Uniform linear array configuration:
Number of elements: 32
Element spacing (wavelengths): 0.5
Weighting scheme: hamming
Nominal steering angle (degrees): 45
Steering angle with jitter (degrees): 44.645
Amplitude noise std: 0.05
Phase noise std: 0.05

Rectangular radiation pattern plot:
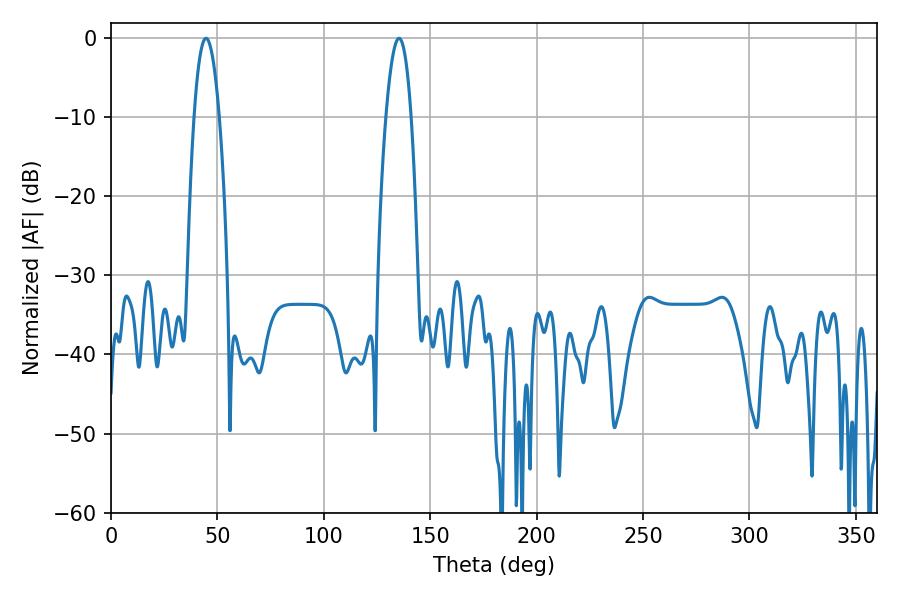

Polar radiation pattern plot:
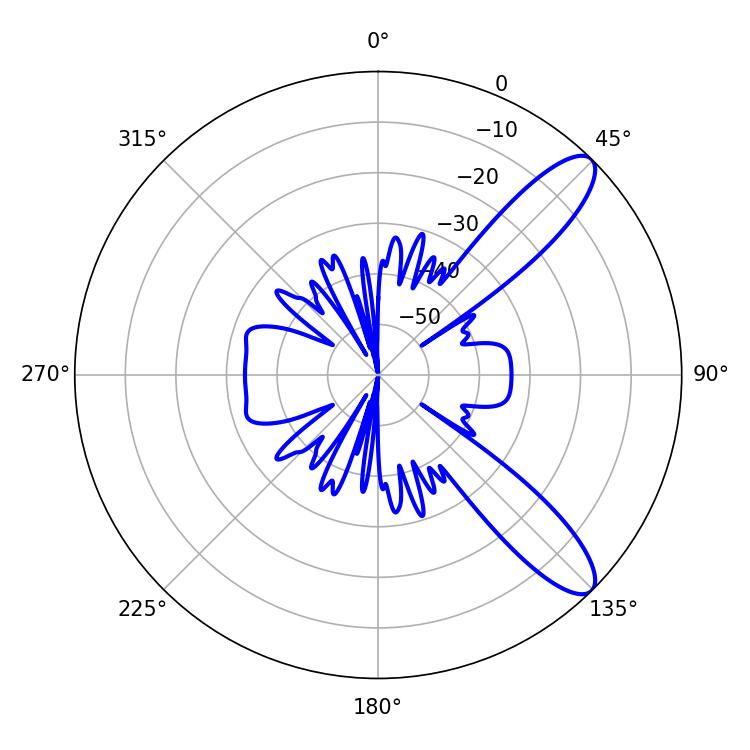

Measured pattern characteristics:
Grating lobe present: FALSE
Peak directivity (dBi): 10.631
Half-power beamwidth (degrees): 6.66
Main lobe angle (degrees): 44.64